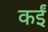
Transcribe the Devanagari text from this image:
कर्इं